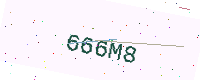
Text: 666M8